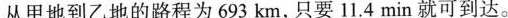
从甲地到乙地的路程为693km，只要11.4min就可到达。